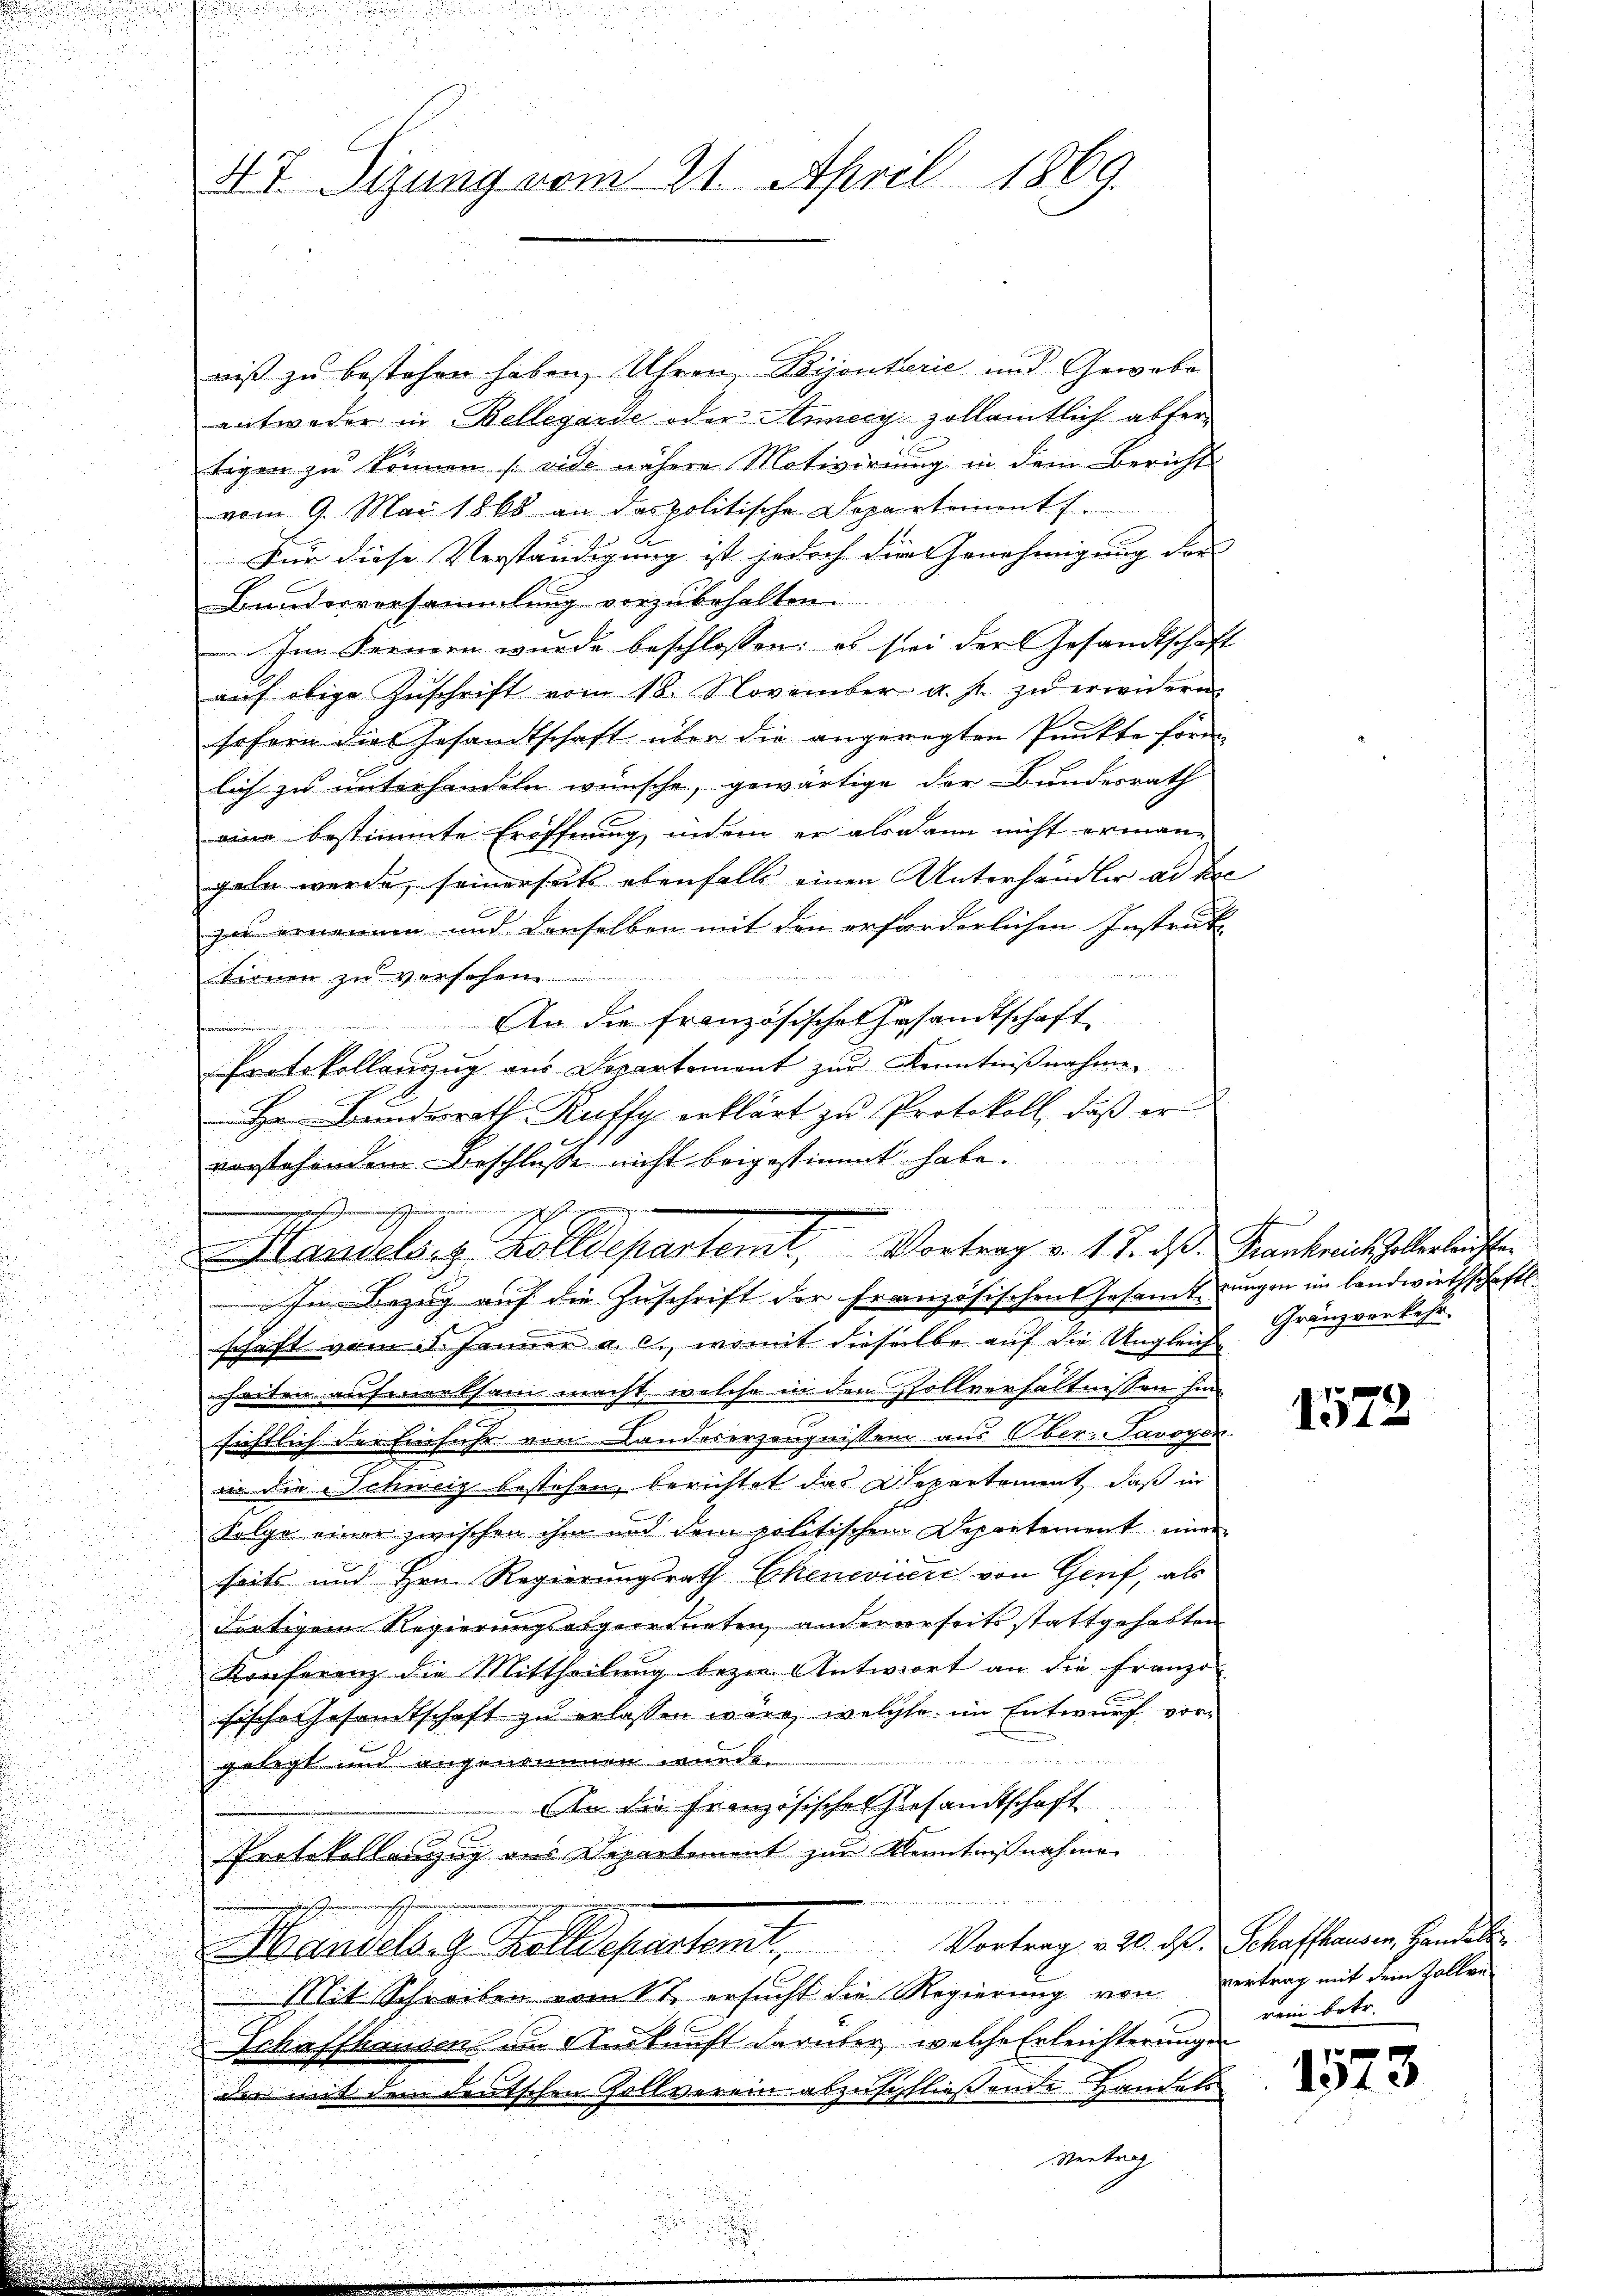
N.T. Tigung vom 21. April 1869.

niß zu bestehen haben, Uhren, Bijouterie und Gewobe
entweder in Bellegarde oder Annecy zollamtlich abfertigen zu können (vide nähere Motivirung in dem Bericht
vom 9. Mai 1868 an das politische Departemont.
Für diese Verständigung ist jedoch die Genehmigung der
Bunderversammlung vorzubehalten.
Im Fernern wurde beschlossen: es sei der Gesandtschaft
aŭf obige Zŭschrift vom 18. November a. p. zŭ erwidern
sofern die Gesandtschaft über die angeregten Punkte form
lich zu unterhandeln wünsche, gewärtige der Bundesrath
eine bestimmte Eröffnung, indem er alsdann nicht erman-
geln werde, seinerseits ebenfalls einen Unterhändler an die
zu ernennen und denselben mit den erforderlichen Instrat
tirnen zu versehen.
An die französisches Gesandtschaft
f
Protokollauszug aus Departement zur Kenntniβnahme
Hr. Bunderrath Ruffy erklärt zu Protokoll, daß er
vorstehendem Beschlusse nicht beigestimmt habe.
sen
d
i
landelárz Kolldepartemt, Vortrag v. 17. daß Frankreich holterleicht
In Bezug auf die Zuschrift der Französischen Gesamt ungen im Landwirthschaftsschaft vom 1. Januar a. c., womit dieselbe auf die Ungleich
heiten aufmerksam macht, welche in dem Pollverhältnissen hin
sichtlich der Einfuhr von Landeserzeugnissen aus Ober-Pavoyer.
in die Schweig bestehen, berichtet das Departement, daß in
Folge einer zwischen ihm und dem politischen Departement einer
seits und Hrn. Regierungsrath Chenevicere von Genf, als
dortigem Regierungsabgeordneten andererseits stattgehabten
Konferenz die Mittheilung bezw. Antwort an die Franzo
sische Gesamtschaft zu erlassen wäre, welche im Entwurf vorgelegt und angenommen wurde.
An die Französisches Gesandtschaft
Protokollaszug aus Departement zur Kenntnißnahme
Handelach Zolldepartemt, Vortrag 220. ds. Schaffenen Handel
Mit Schreiben vom 17. ersucht die Regierung von vertrag mit dem Zollen
Schaffhausen um Auskunft darüber welche Erleichterungen
der mit dem deutschen Zollverein abzuschließende Handels
Vertrag

Gränzverkehr.

1572

rein betr.

1573